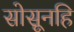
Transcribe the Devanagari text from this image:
सोसूनहि